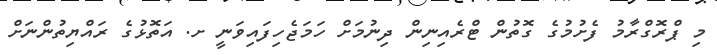
މި ޕްރޮގްރާމު ފެށުމުގެ ގޮތުން ޓްރެއިނިން ދިނުމަށް ހަމަޖެހިފައިވަނީ ށ. އަތޮޅުގެ ރައްޔިތުންނަށް